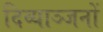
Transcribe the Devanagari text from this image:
दिव्याञ्जनों